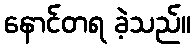
နောင်တရ ခဲ့သည်။